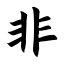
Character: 非